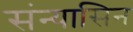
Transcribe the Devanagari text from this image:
संन्यासिन